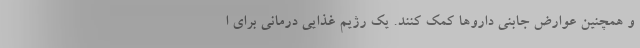
و همچنین عوارض جابنی داروها کمک کنند. یک رژیم غذایی درمانی برای ا